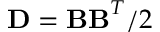
{ \bf D } = { \bf B B } ^ { T } / 2